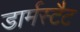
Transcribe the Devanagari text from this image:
डार्मस्टैट